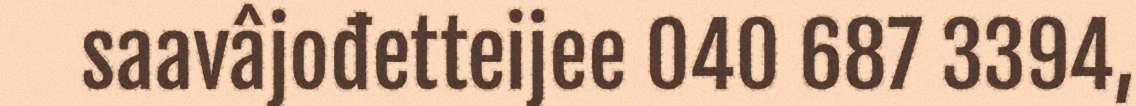
saavâjođetteijee 040 687 3394,